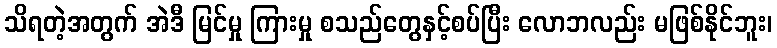
သိရတဲ့အတွက် အဲဒီ မြင်မှု ကြားမှု စသည်တွေနှင့်စပ်ပြီး လောဘလည်း မဖြစ်နိုင်ဘူး၊